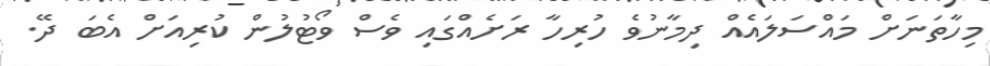
މިހާތަނަށް މައްސަލައެއް ދިމާނުވެ ހުރިހާ ރަށެއްގައި ވެސް ވޯޓުލުން ކުރިއަށް އެބަ ދޭ.